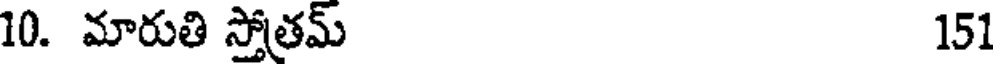
10. మారుతి స్తోత్రమ్ 151